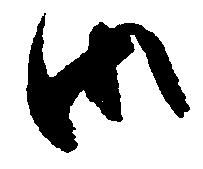
御